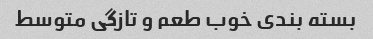
بسته بندی خوب طعم و تازگی متوسط